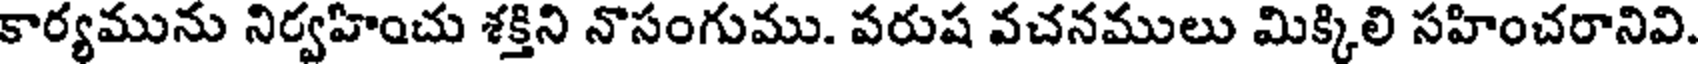
కార్యమును నిర్వహించు శక్తిని నొసంగుము. పరుష వచనములు మిక్కిలి సహించరానివి.